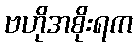
ဗဟိုအစိုးရက